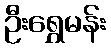
ဦးရွှေမန်း